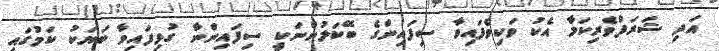
އަދި ޝަރަފްވެރިކަމާ އެކު ވަކިވެފައިވާ ސިފައިންގެ ބޭކަލުންނަކީ ސިފައިންނާ ގުޅިފައިވާ ބަޔަކު ކަމުގައި